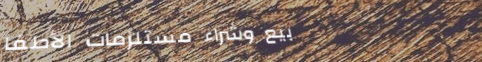
بيع وشراء مستلزمات الأطفا